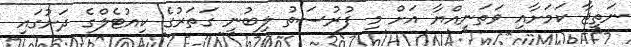
ނަތީޖާ ކަމަށާއި ވަތަނިއްޔާ އަށް މި ފުރުސަތު ލިބުނީ ގަތަރުގެ ކިއުޓެލްގެ ދަށުގައި